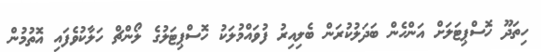
ހިތަދޫ ހޮސްޕިޓަލަށް އަންހެން ބަދަލުކުރަން ބެލިއިރު ފުވައްމުލަކު ހޮސްޕިޓަލުގެ ލޯންޗް ހަލާކުވެފައި އޮތުމުން